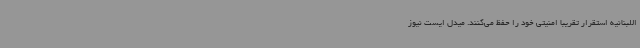
اللبنانیه استقرار تقریبا امنیتی خود را حفظ می‌کنند. میدل ایست نیوز